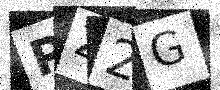
Text: PZ2G